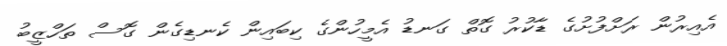
އެއިރުން ރަށްފުށުގެ ޑާކުރު ގޮތް ގަނޑު އެމީހުންގެ ކިބައިން ކެނޑިގެން ގޮސް ތަހްޒީބު